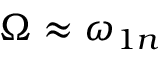
\Omega \approx \omega _ { 1 n }